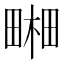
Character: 𤲭